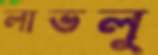
লাভলু